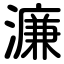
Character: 濂